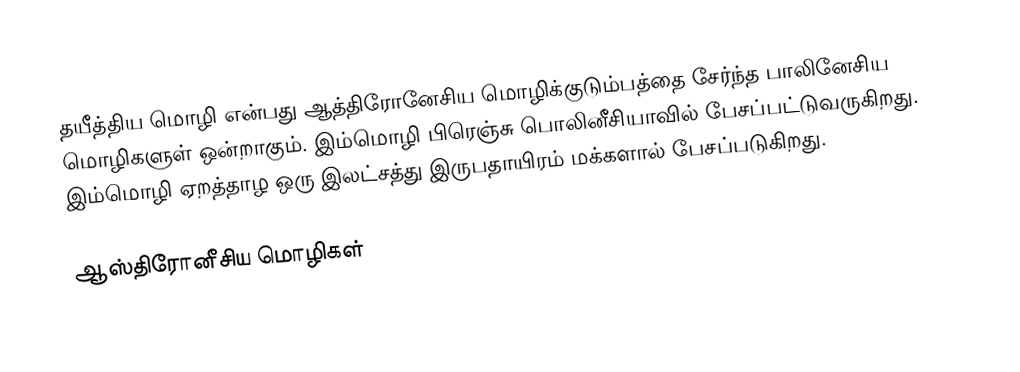
தயீத்திய மொழி என்பது ஆத்திரோனேசிய மொழிக்குடும்பத்தை சேர்ந்த பாலினேசிய மொழிகளுள் ஒன்றாகும். இம்மொழி பிரெஞ்சு பொலினீசியாவில் பேசப்பட்டுவருகிறது. இம்மொழி ஏறத்தாழ ஒரு இலட்சத்து இருபதாயிரம் மக்களால் பேசப்படுகிறது.

ஆஸ்திரோனீசிய மொழிகள்